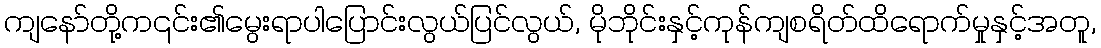
ကျနော်တို့က၎င်း၏မွေးရာပါပြောင်းလွယ်ပြင်လွယ်, မိုဘိုင်းနှင့်ကုန်ကျစရိတ်ထိရောက်မှုနှင့်အတူ,